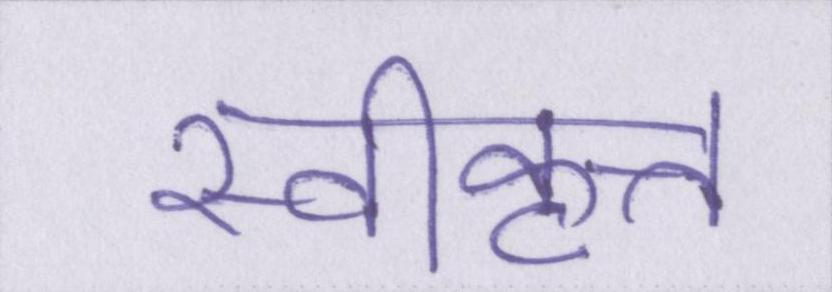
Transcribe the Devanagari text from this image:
स्वीकृत्त